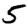
Digit: 5